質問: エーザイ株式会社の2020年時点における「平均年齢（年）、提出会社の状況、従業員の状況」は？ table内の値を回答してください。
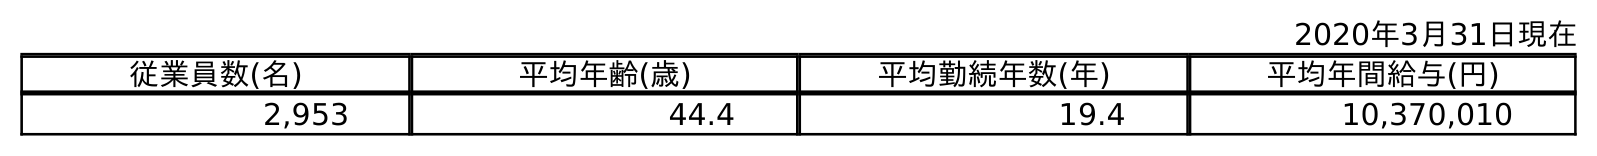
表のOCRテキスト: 2020年3月31日現在 従業員数(名) 平均年齢(歳) 平均勤続年数(年) 平均年間給与(円) 2,953 44.4 19.4 10,370,010
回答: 44.4